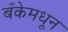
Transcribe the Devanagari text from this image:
बँकेमधून